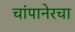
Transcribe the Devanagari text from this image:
चांपानेरचा